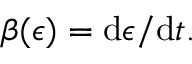
\beta ( \epsilon ) = \mathrm { d } \epsilon / \mathrm { d } t .